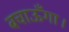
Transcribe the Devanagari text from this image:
बचाऊँगा।